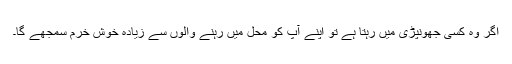
اگر وہ کسی جھونپڑی میں رہتا ہے تو اپنے آپ کو محل میں رہنے والوں سے زیادہ خوش خرم سمجھے گا۔